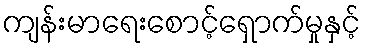
ကျန်းမာရေးစောင့်ရှောက်မှုနှင့်